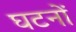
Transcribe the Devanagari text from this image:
घटनों